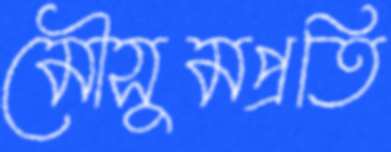
মৌসুমপ্রতি